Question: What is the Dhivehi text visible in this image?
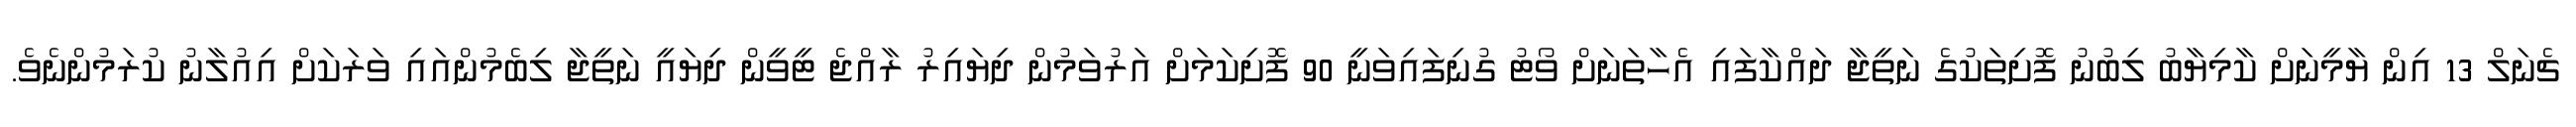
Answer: ޗެނަލް 13 އިން ޔާމީނަށް ކާމިޔާބު ލިބުނު ފޮށިތަކުގެ ނަތީޖާ ދައްކާފައި އެހާތަނަށް ވޯޓު ގުނިފައިވަނީ 90 ފޮށިކަމަށް އަރުވަމުން ދިޔައިރު ރާއްޖެ ޓީވީން ދިޔައީ ނަތީޖާ ލިބެމުންއައި ވަރަކަށް އިއުލާނު ކުރަމުންނެވެ.